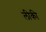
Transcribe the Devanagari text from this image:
लीकी